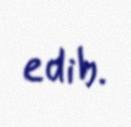
edib.